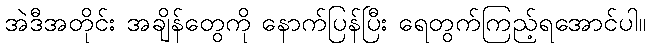
အဲဒီအတိုင်း အချိန်တွေကို နောက်ပြန်ပြီး ရေတွက်ကြည့်ရအောင်ပါ။